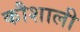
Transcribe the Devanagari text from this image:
कौशाली